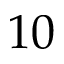
1 0